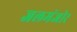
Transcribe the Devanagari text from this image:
जलमंजोर